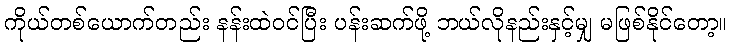
ကိုယ်တစ်ယောက်တည်း နန်းထဲဝင်ပြီး ပန်းဆက်ဖို့ ဘယ်လိုနည်းနှင့်မျှ မဖြစ်နိုင်တော့။